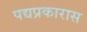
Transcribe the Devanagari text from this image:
पद्यप्रकारास